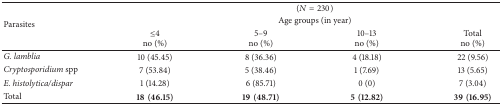
<table><thead><tr><td rowspan="3"><b>Parasites</b></td><td colspan="4"><b> (<i>N</i> = 230)</b></td></tr><tr><td colspan="4"><b>Age groups (in year)</b></td></tr><tr><td><b>≤4 no (%)</b></td><td><b>5–9 no (%)</b></td><td><b>10–13 no (%)</b></td><td><b>Total no (%)</b></td></tr></thead><tbody><tr><td><i>G. lamblia </i></td><td>10 (45.45)</td><td>8 (36.36)</td><td>4 (18.18)</td><td>22 (9.56)</td></tr><tr><td><i>Cryptosporidium </i>spp</td><td>7 (53.84)</td><td>5 (38.46)</td><td>1 (7.69)</td><td>13 (5.65)</td></tr><tr><td><i>E. histolytica/dispar </i></td><td>1 (14.28)</td><td>6 (85.71)</td><td>0 (0)</td><td>7 (3.04)</td></tr><tr><td>Total</td><td><b>18(46.15)</b></td><td><b>19(48.71)</b></td><td><b>5(12.82)</b></td><td><b>39(16.95)</b></td></tr></tbody></table>